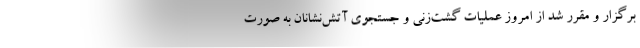
برگزار و مقرر شد از امروز عملیات گشت‌زنی و جستجوی آتش‌نشانان به صورت